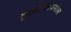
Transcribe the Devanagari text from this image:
कृत्वाभिषेकमेतस्य